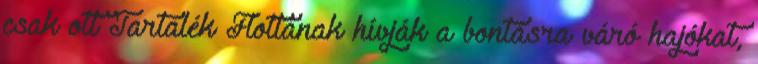
csak ott Tartalék Flottának hívják a bontásra váró hajókat,